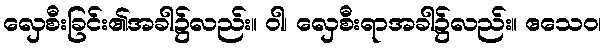
လှေစီးခြင်း၏အခါ၌လည်း။ ဝါ၊ လှေစီးရာအခါ၌လည်း။ ဧသေဝ၊